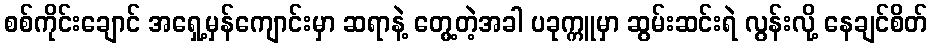
စစ်ကိုင်းချောင် အရှေ့မှန်ကျောင်းမှာ ဆရာနဲ့ တွေ့တဲ့အခါ ပခုက္ကူမှာ ဆွမ်းဆင်းရဲ လွန်းလို့ နေချင်စိတ်